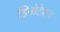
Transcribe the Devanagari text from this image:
डिनोटेशन